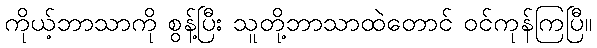
ကိုယ့်ဘာသာကို စွန့်ပြီး သူတို့ဘာသာထဲတောင် ဝင်ကုန်ကြပြီ။